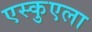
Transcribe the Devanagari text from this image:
एस्कुएला